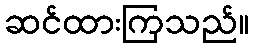
ဆင်ထားကြသည်။